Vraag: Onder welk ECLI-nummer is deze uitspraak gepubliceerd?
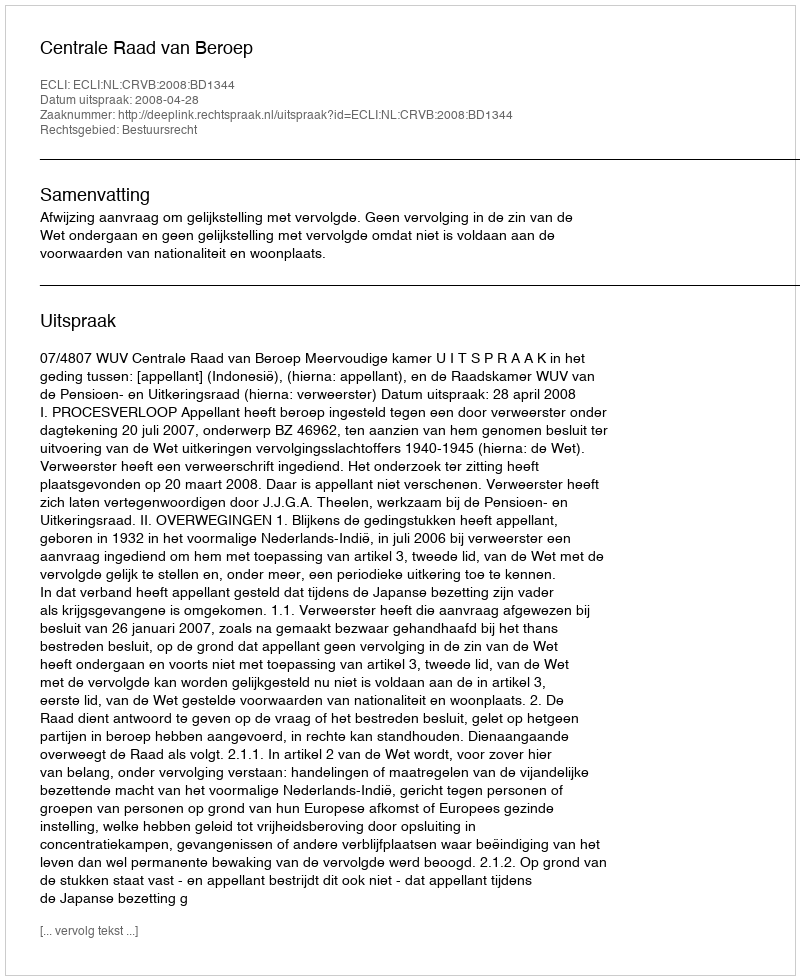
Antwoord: ECLI:NL:CRVB:2008:BD1344